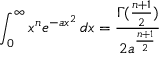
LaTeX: \int _ { 0 } ^ { \infty } x ^ { n } e ^ { - a x ^ { 2 } } \, d x = { \frac { \Gamma ( { \frac { n + 1 } { 2 } } ) } { 2 a ^ { \frac { n + 1 } { 2 } } } }